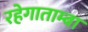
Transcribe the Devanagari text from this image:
रहेगाताम्बा